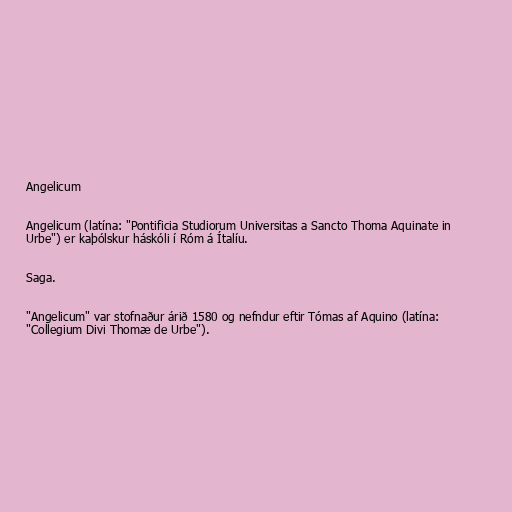
Angelicum

Angelicum (latína: "Pontificia Studiorum Universitas a Sancto Thoma Aquinate in
Urbe") er kaþólskur háskóli í Róm á Ítalíu.

Saga.

"Angelicum" var stofnaður árið 1580 og nefndur eftir Tómas af Aquino (latína:
"Collegium Divi Thomæ de Urbe").